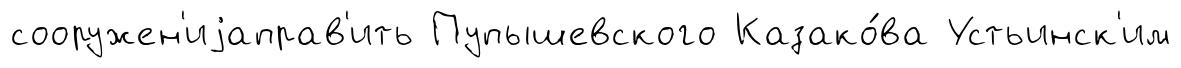
сооружен'иjаправ'ить Пупышевского Казако́ва Устьинск'им